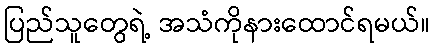
ပြည်သူတွေရဲ့ အသံကိုနားထောင်ရမယ်။